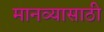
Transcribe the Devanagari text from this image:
मानव्यासाठी